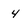
Character: 4